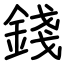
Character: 錢